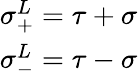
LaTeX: \begin{array}{ll}{{\sigma_{+}^{L}=\tau+\sigma}}\\ {{\sigma_{-}^{L}=\tau-\sigma}}\end{array}